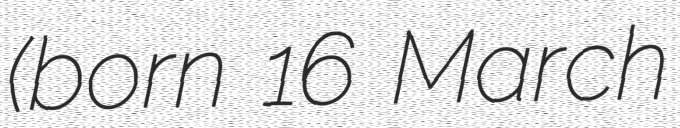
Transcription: (born 16 March